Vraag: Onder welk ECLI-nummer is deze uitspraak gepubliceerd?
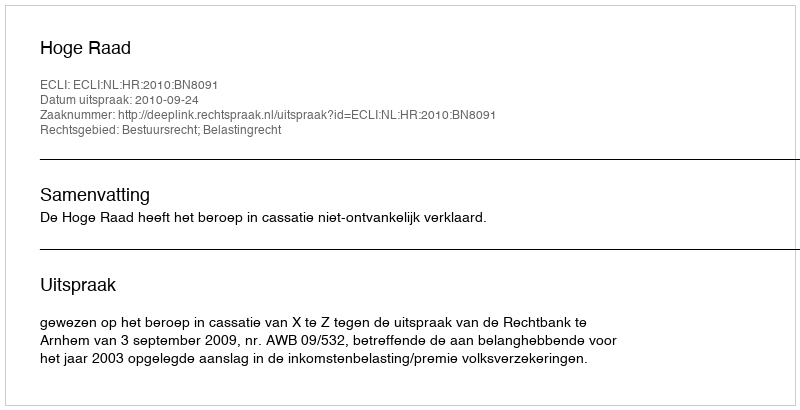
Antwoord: ECLI:NL:HR:2010:BN8091